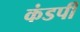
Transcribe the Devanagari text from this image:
कंडर्पी